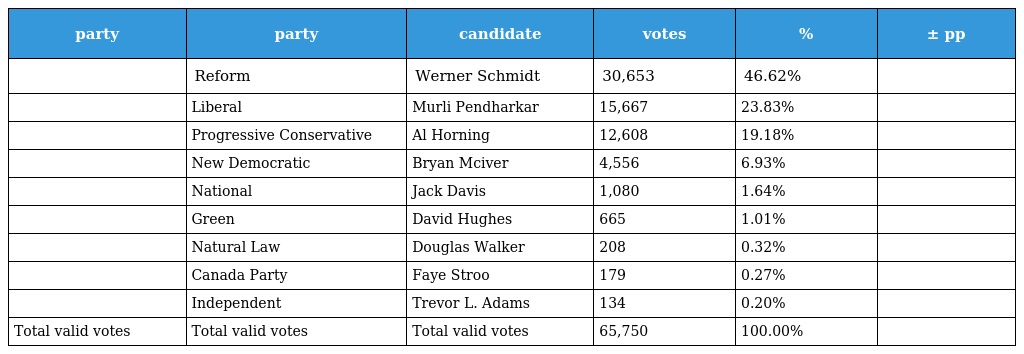
| party | party | candidate | votes | % | ± pp |
 | --- | --- | --- | --- | --- | --- |
 |  | Reform | Werner Schmidt | 30,653 | 46.62% |  |
 |  | Liberal | Murli Pendharkar | 15,667 | 23.83% |  |
 |  | Progressive Conservative | Al Horning | 12,608 | 19.18% |  |
 |  | New Democratic | Bryan Mciver | 4,556 | 6.93% |  |
 |  | National | Jack Davis | 1,080 | 1.64% |  |
 |  | Green | David Hughes | 665 | 1.01% |  |
 |  | Natural Law | Douglas Walker | 208 | 0.32% |  |
 |  | Canada Party | Faye Stroo | 179 | 0.27% |  |
 |  | Independent | Trevor L. Adams | 134 | 0.20% |  |
 | Total valid votes | Total valid votes | Total valid votes | 65,750 | 100.00% |  |